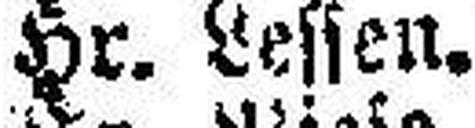
Hr. Lessen.